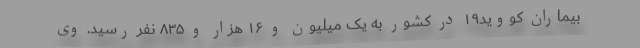
بیماران کووید۱۹ در کشور به یک میلیون و ۱۶ هزار و ۸۳۵ نفر رسید. وی